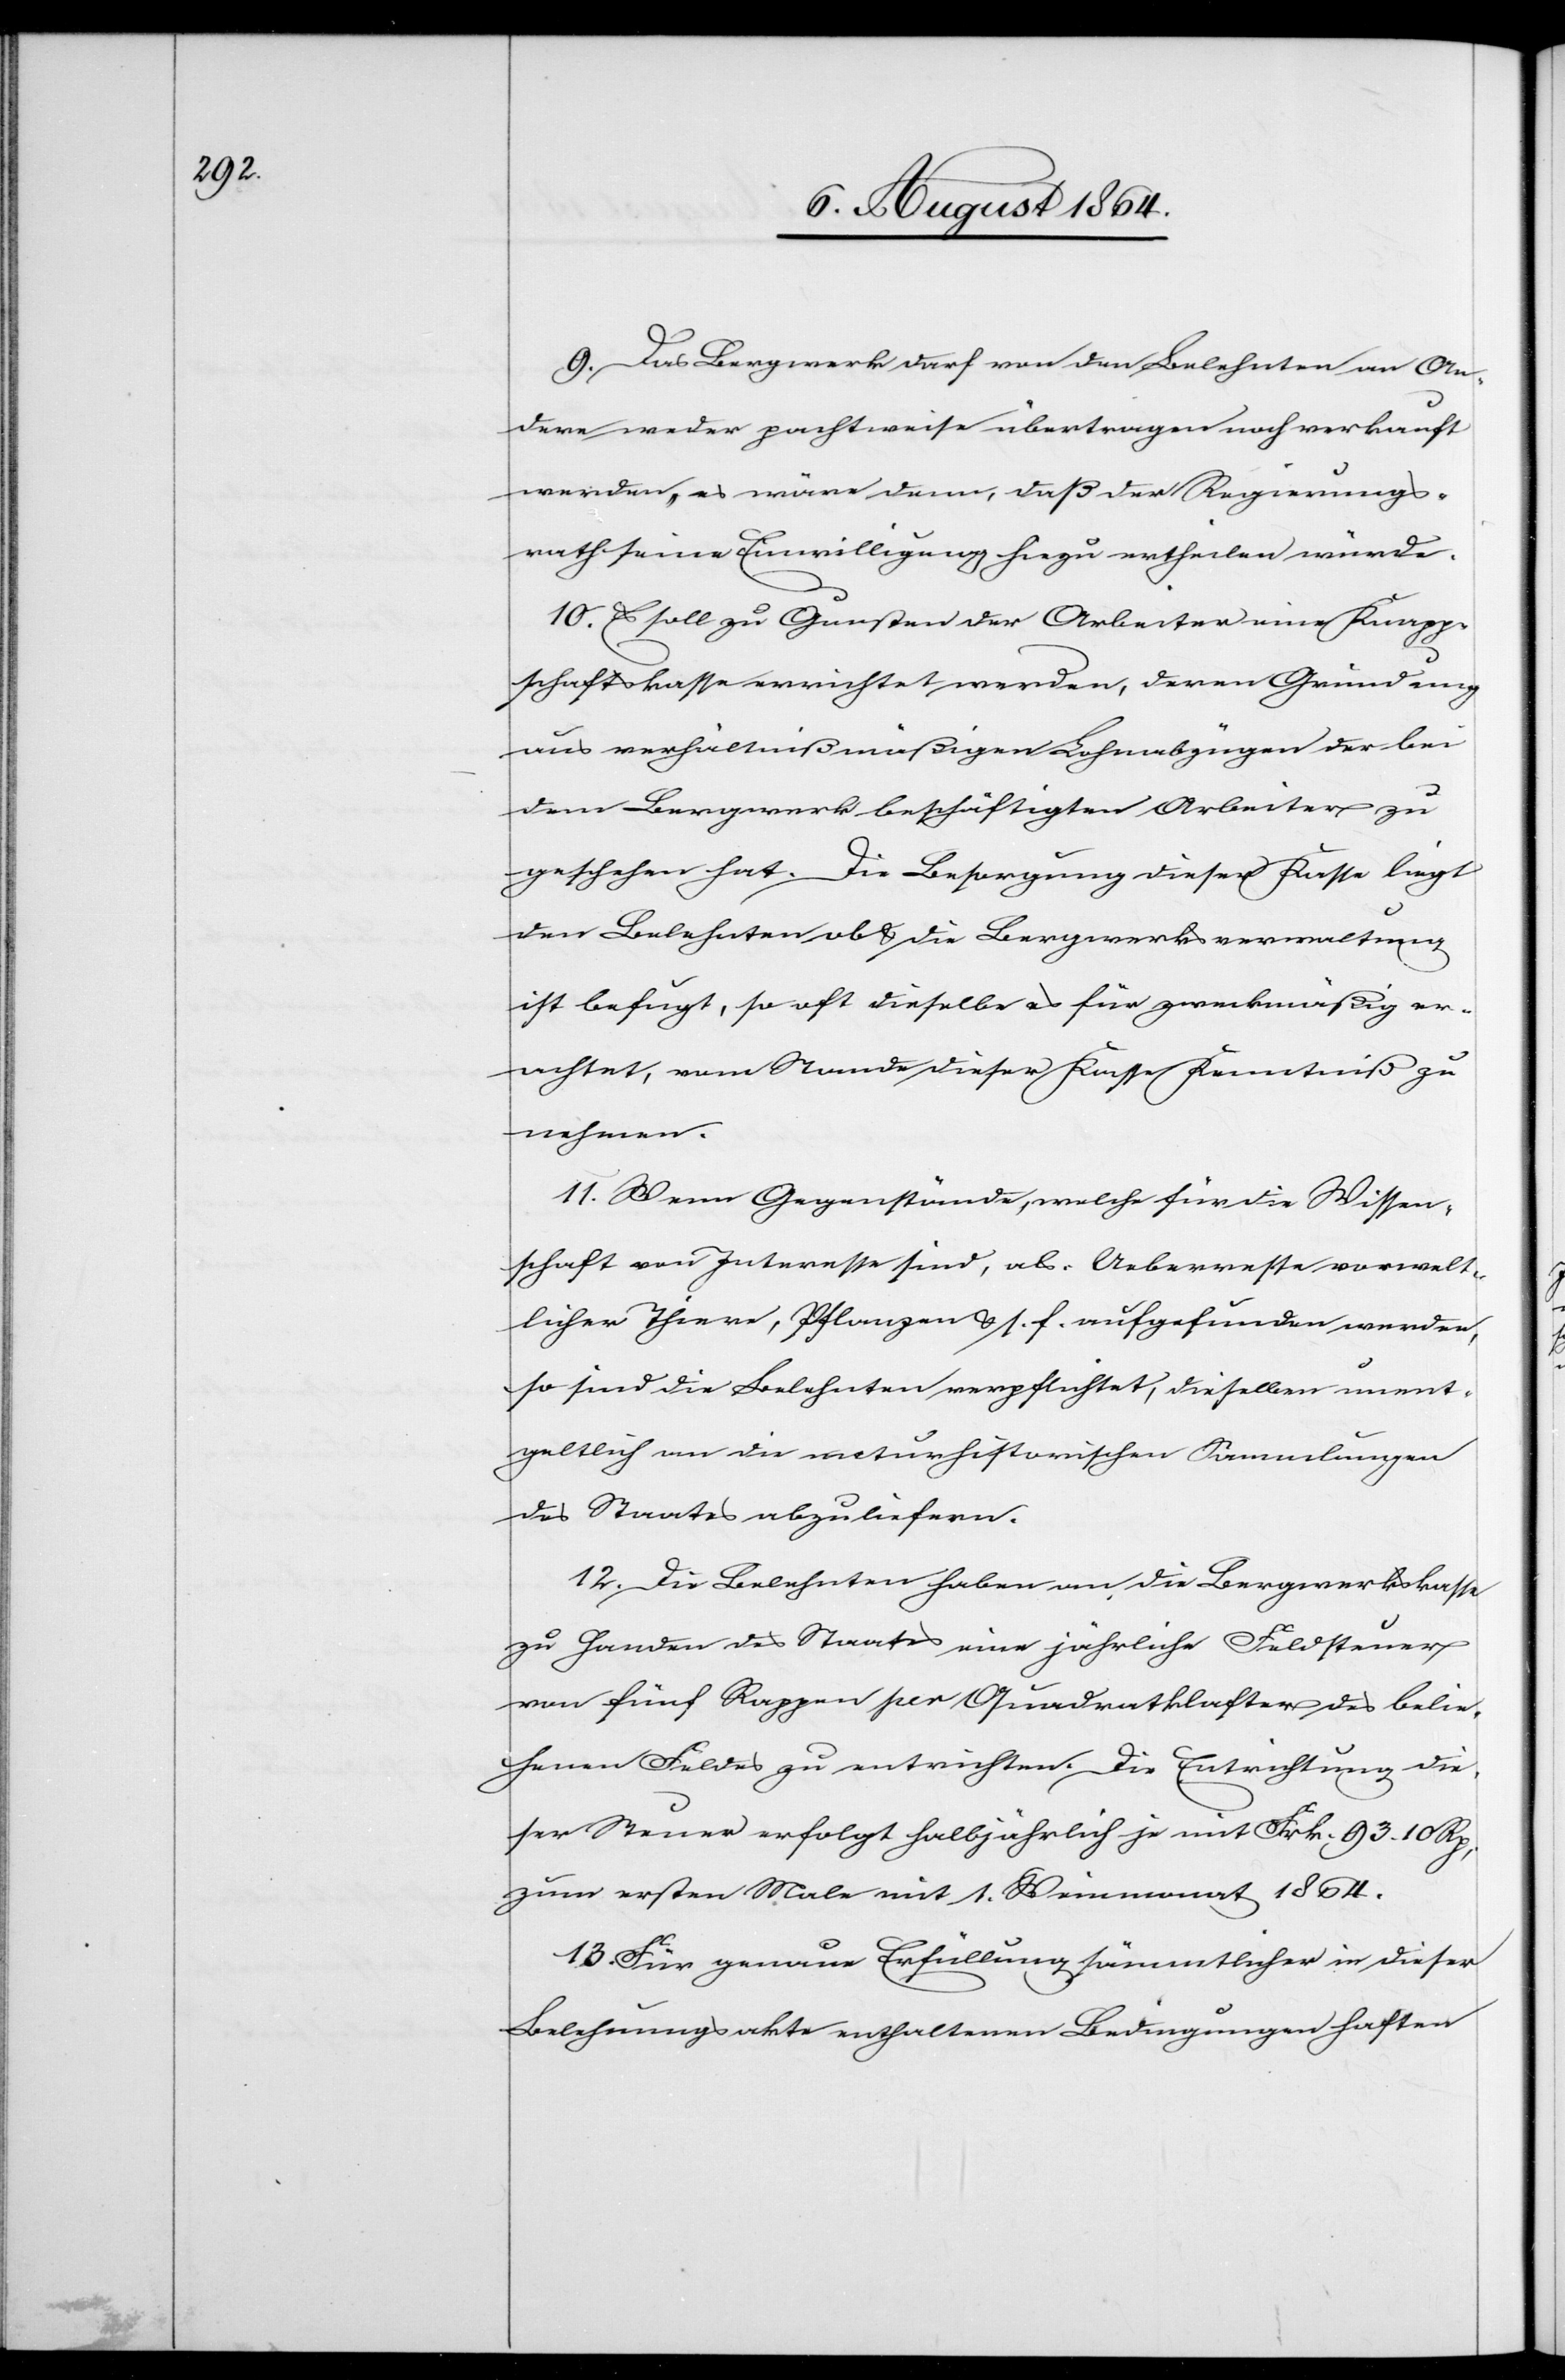
9. Das Bergwerk darf von den Belehnten an An¬
dere weder pachtweise übertragen noch verkauft
werden, es wäre denn, daß der Regierungs¬
rath seine Einwilligung hiezu ertheilen würde.
10. Es soll zu Gunsten der Arbeiter eine Knapp¬
schaftskasse errichtet werden, deren Gründung
aus verhältnißmäßigen Lohnabzügen der bei
dem Bergwerk beschäftigten Arbeiter zu
geschehen hat. Die Besorgung dieser Kasse liegt
den Belehnten ob & die Bergwerksverwaltung
ist befugt, so oft dieselbe es für zweckmäßig er¬
achtet, vom Stande dieser Kasse Kenntniß zu
nehmen.
11. Wenn Gegenstände, welche für die Wissen¬
schaft von Interesse sind, als: Ueberreste vorwelt¬
licher Thiere, Pflanzen & s. f. aufgefunden werden,
so sind die Belehnten verpflichtet, dieselben unent¬
geltlich an die naturhistorischen Sammlungen
des Staates abzuliefern.
12. Die Belehnten haben an die Bergwerkskasse
zu Handen des Staates eine jährliche Feldsteuer
von fünf Rappen per Quadratklafter des belie¬
henen Feldes zu entrichten. Die Entrichtung die¬
ser Steuer erfolgt halbjährlich je mit Frk. 93.10 Rp.,
zum ersten Male mit 1. Weinmonat 1864.
13. Für genaue Erfüllung sämmtlicher in dieser
Belehnungsakte enthaltenen Bedingungen haften